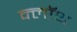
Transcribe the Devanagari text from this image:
क्‍लॉथ